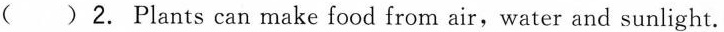
()2. Plants can make food from air,water and sunlight.